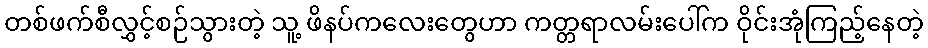
တစ်ဖက်စီလွှင့်စဉ်သွားတဲ့ သူ့ ဖိနပ်ကလေးတွေဟာ ကတ္တရာလမ်းပေါ်က ဝိုင်းအုံကြည့်နေတဲ့